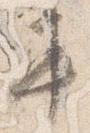
車